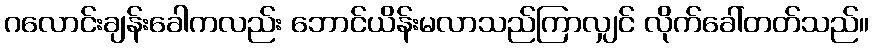
ဂလောင်းချန်းခေါကလည်း ဘောင်ယိန်းမလာသည်ကြာလျှင် လိုက်ခေါ်တတ်သည်။